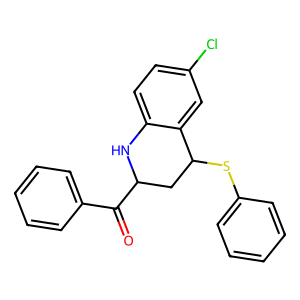
SMILES: O=C(c1ccccc1)C1CC(Sc2ccccc2)c2cc(Cl)ccc2N1
Inhibits HIV replication: No